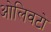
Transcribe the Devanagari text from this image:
ओलिवटो